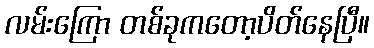
လမ်းကြော တစ်ခုကတော့ပိတ်နေပြီ။